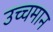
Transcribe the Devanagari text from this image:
उच्चमान